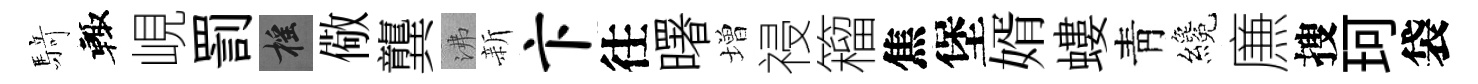
𮪍輙峴罰摇儆龔沸新卞往曙増祲籕焦堡婿螻靑纔㢘搜珂袋